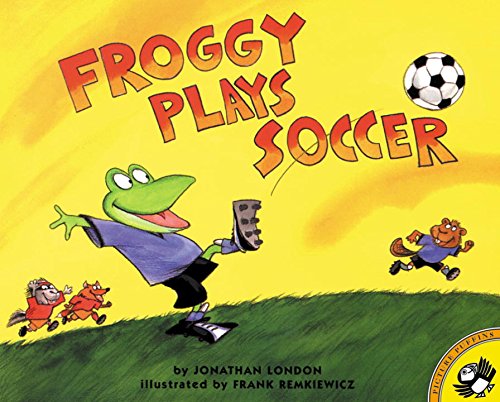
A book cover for Froggy Plays Soccer; Jonathan London; Children's Books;